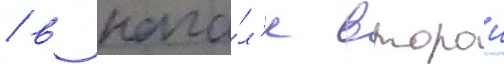
/ в нача́л'е второи